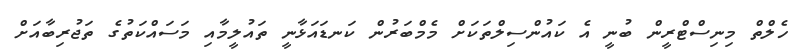
ހެލްތް މިނިސްޓްރީން ބުނީ އެ ކައުންސިލްތަކަށް މެމްބަރުން ކަނޑައަޅާނީ ތައުލީމާއި މަސައްކަތުގެ ތަޖުރިބާއަށް